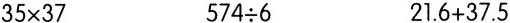
$$35 \times 37$$ $$574 \div 6$$ $$21.6 + 37.5$$